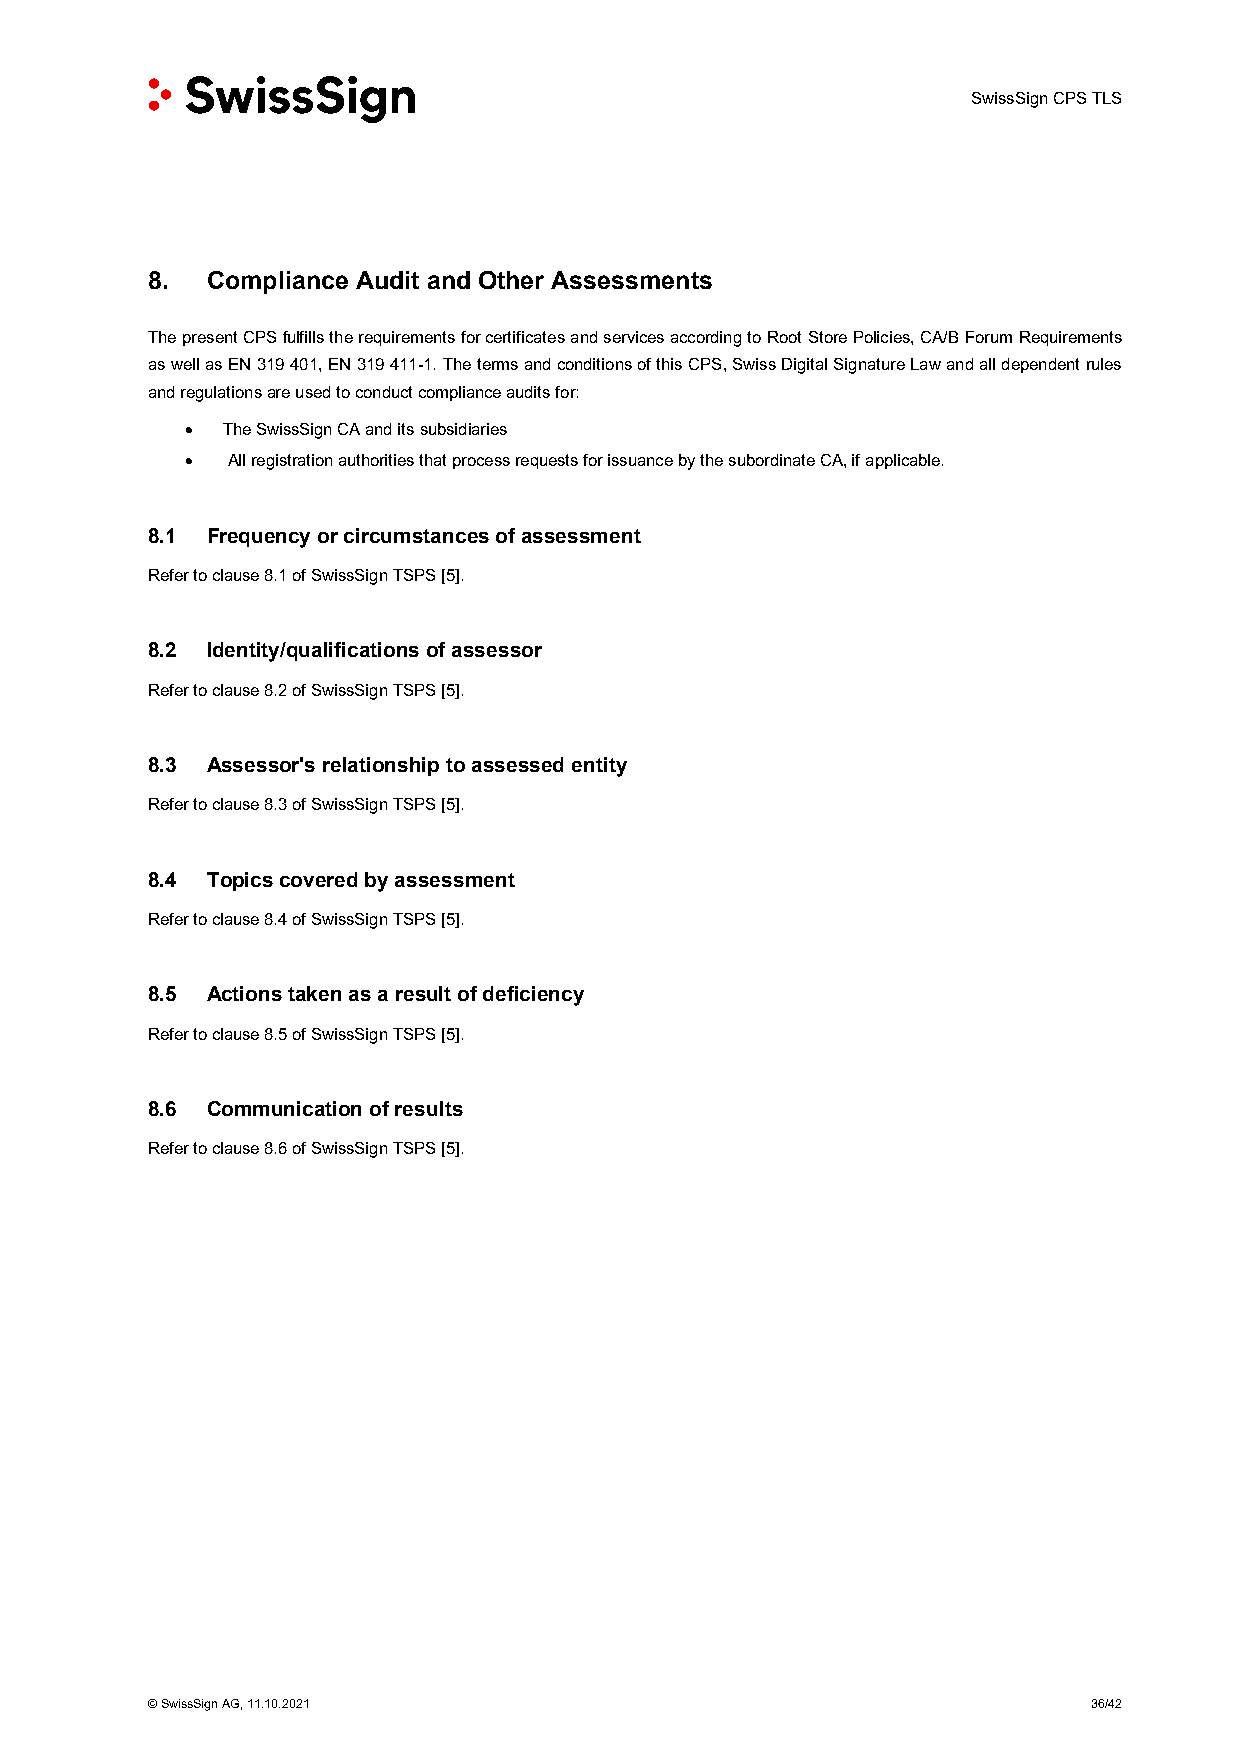
SwissSign CPS TLS
 8.  Compliance Audit and Other Assessments
 The present CPS fulfills the requirements for certificates and services according to Root Store Policies, CA/B Forum Requirements
 as well as EN 319 401, EN 319 411-1. The terms and conditions of this CPS, Swiss Digital Signature Law and all dependent rules
 and regulations are used to conduct compliance audits for:
 •  The SwissSign CA and its subsidiaries
 •  All registration authorities that process requests for issuance by the subordinate CA, if applicable.
 8.1 Frequency or circumstances of assessment
 Refer to clause 8.1 of SwissSign TSPS [5].
 8.2 Identity/qualifications of assessor
 Refer to clause 8.2 of SwissSign TSPS [5].
 8.3 Assessor's relationship to assessed entity
 Refer to clause 8.3 of SwissSign TSPS [5].
 8.4 Topics covered by assessment
 Refer to clause 8.4 of SwissSign TSPS [5].
 8.5 Actions taken as a result of deficiency
 Refer to clause 8.5 of SwissSign TSPS [5].
 8.6 Communication of results
 Refer to clause 8.6 of SwissSign TSPS [5].
 © SwissSign AG, 11.10.2021                                    36/42